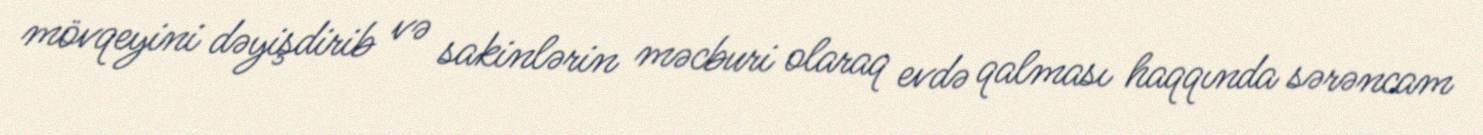
mövqeyini dəyişdirib və sakinlərin məcburi olaraq evdə qalması haqqında sərəncam